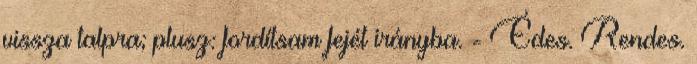
vissza talpra; plusz: fordítsam fejét irányba. - Édes. Rendes.